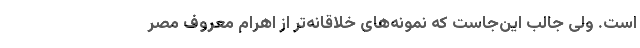
است. ولی جالب این‌جاست که نمونه‌های خلاقانه‌تر از اهرام معروف مصر